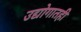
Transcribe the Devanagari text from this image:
उद्योगातही